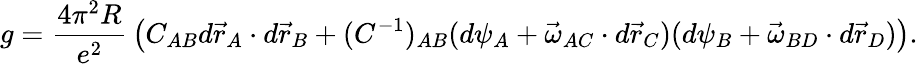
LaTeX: g=\frac{4\pi^{2}R}{e^{2}}\, \left(C_{AB}d\vec{r}_{A}\cdot d\vec{r}_{B}+(C^{-1})_{AB}(d\psi_{A}+\vec{\omega}_{AC}\cdot d\vec{r}_{C})(d\psi_{B}+\vec{\omega}_{BD}\cdot d\vec{r}_{D})\right).